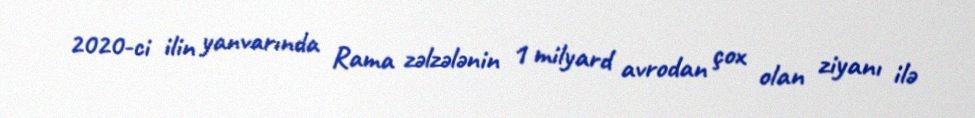
2020-ci ilin yanvarında Rama zəlzələnin 1 milyard avrodan çox olan ziyanı ilə